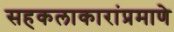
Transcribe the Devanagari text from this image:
सहकलाकारांप्रमाणे